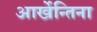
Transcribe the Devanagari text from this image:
आर्खेन्तिना